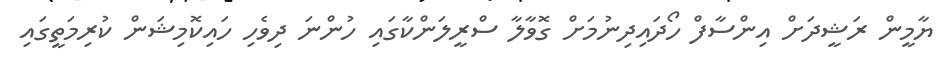
ޔާމީން ރަޝީދަށް އިންސާފް ހޯދައިދިނުމަށް ގޮވާލާ ސްރީލަންކާގައި ހުންނަ ދިވެހި ހައިކޮމިޝަން ކުރިމަތީގައި